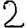
Digit: 2